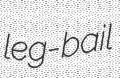
leg-bail